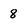
Character: 8